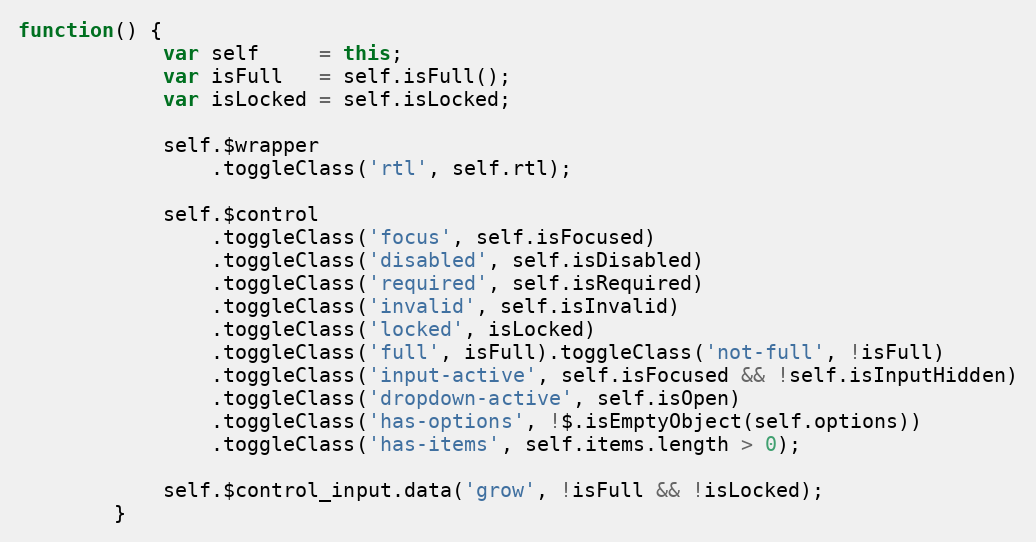
Language: JavaScript
function() {
			var self     = this;
			var isFull   = self.isFull();
			var isLocked = self.isLocked;

			self.$wrapper
				.toggleClass('rtl', self.rtl);

			self.$control
				.toggleClass('focus', self.isFocused)
				.toggleClass('disabled', self.isDisabled)
				.toggleClass('required', self.isRequired)
				.toggleClass('invalid', self.isInvalid)
				.toggleClass('locked', isLocked)
				.toggleClass('full', isFull).toggleClass('not-full', !isFull)
				.toggleClass('input-active', self.isFocused && !self.isInputHidden)
				.toggleClass('dropdown-active', self.isOpen)
				.toggleClass('has-options', !$.isEmptyObject(self.options))
				.toggleClass('has-items', self.items.length > 0);

			self.$control_input.data('grow', !isFull && !isLocked);
		}